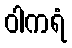
ဝါကရံ